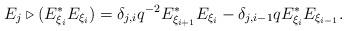
LaTeX: \begin{align*}E_{j} \triangleright (E_{\xi_{i}}^{*} E_{\xi_{i}}) = \delta_{j, i} q^{-2} E_{\xi_{i + 1}}^{*} E_{\xi_{i}} - \delta_{j,i - 1} q E_{\xi_{i}}^{*} E_{\xi_{i - 1}}.\end{align*}